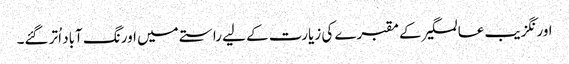
اورنگزیب عالمگیر کے مقبرے کی زیارت کے لیے راستے میں اورنگ آباد اُتر گئے۔